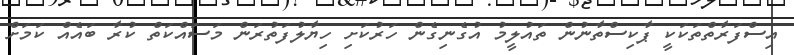
އިސްފަރާތްތަކަކީ ޕާކިސްތާނުން ތައުލީމު އުގެނިގެން ހަރުކަށި ހިޔާލުފަތުރަން މަސައްކަތް ކުރާ ބައެއް ކަމަށް